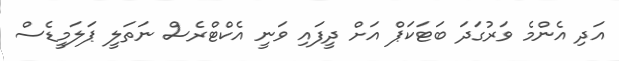
އަދި އެންމެ ވަރުގަދަ ބަޓަކަޕް އަށް ދީފައި ވަނީ އެކްޓްރެސް ނަތަލީ ޕަލަމީޑެސް